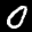
Label: 0